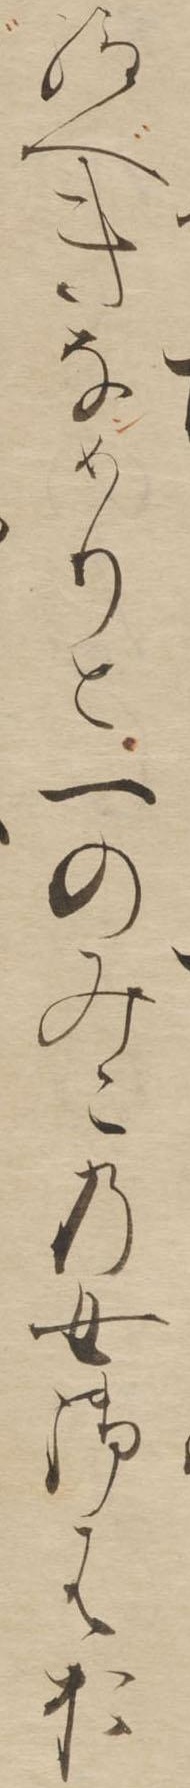
給べきなめりと一のみこの女御はお